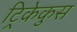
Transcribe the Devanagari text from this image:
ट्रिकेकुस